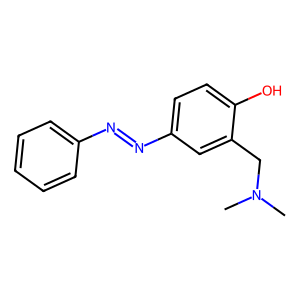
SMILES: CN(C)Cc1cc(N=Nc2ccccc2)ccc1O
Inhibits HIV replication: No